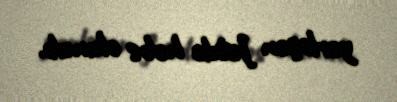
yerləşən Jetdə həbs olunub.